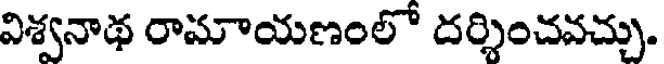
విశ్వనాథ రామాయణంలో దర్శించవచ్చు.